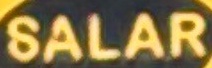
SALAR